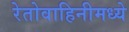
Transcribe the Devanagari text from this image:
रेतोवाहिनीमध्ये